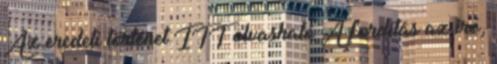
Az eredeti történet ITT olvasható A fordítás az író,